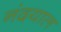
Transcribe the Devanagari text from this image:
नंदयाल